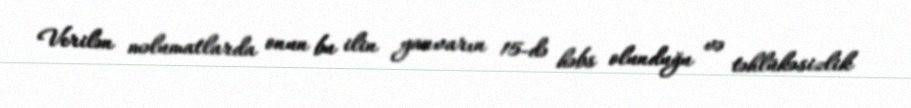
Verilən məlumatlarda onun bu ilin yanvarın 15-də həbs olunduğu və təhlükəsizlik